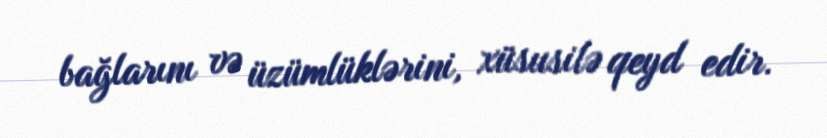
bağlarını və üzümlüklərini, xüsusilə qeyd edir.